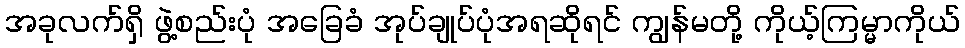
အခုလက်ရှိ ဖွဲ့စည်းပုံ အခြေခံ အုပ်ချုပ်ပုံအရဆိုရင် ကျွန်မတို့ ကိုယ့်ကြမ္မာကိုယ်